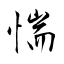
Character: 惴